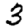
Digit: 3